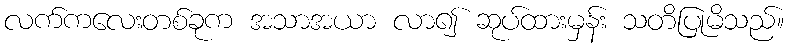
လက်ကလေးတစ်ခုက အသာအယာ လာ၍ ဆုပ်ထားမှန်း သတိပြုမိသည်။